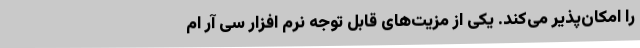
را امکان‌پذیر می‌کند. یکی از مزیت‌های قابل توجه نرم افزار سی آر ام